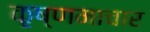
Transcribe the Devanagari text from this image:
कृष्णमाचार